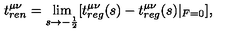
t _ { r e n } ^ { \mu \nu } = \lim _ { s \rightarrow - \frac 1 2 } [ t _ { r e g } ^ { \mu \nu } ( s ) - t _ { r e g } ^ { \mu \nu } ( s ) | _ { F = 0 } ] ,